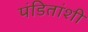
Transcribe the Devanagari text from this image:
पंडितांशी